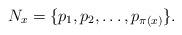
LaTeX: \begin{align*}N_x=\{p_1,p_2,\ldots,p_{\pi(x)}\}.\end{align*}